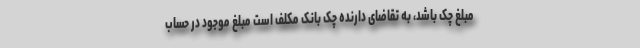
مبلغ چک باشد، به تقاضای دارنده چک بانک مکلف است مبلغ موجود در حساب